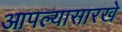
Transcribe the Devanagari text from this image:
आपल्यासारखे